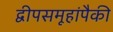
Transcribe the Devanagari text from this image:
द्वीपसमूहांपैकी